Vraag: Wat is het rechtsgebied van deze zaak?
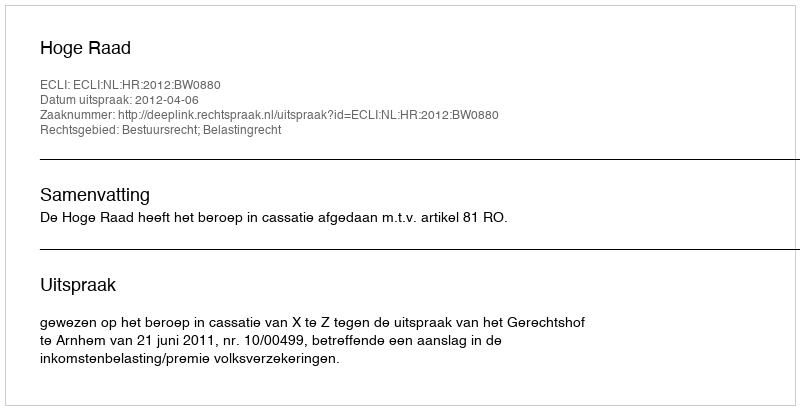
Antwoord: Bestuursrecht; Belastingrecht